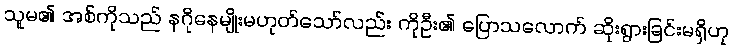
သူမ၏ အစ်ကိုသည် နဂိုနေမျိုးမဟုတ်သော်လည်း ကိုဦး၏ ပြောသလောက် ဆိုးရွားခြင်းမရှိဟု